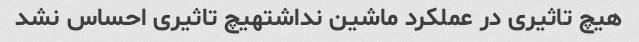
هیچ تاثیری در عملکرد ماشین نداشتهیچ تاثیری احساس نشد